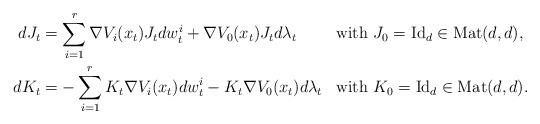
LaTeX: \begin{align*}dJ_t &= \sum_{i=1}^r \nabla V_i ( x_t) J_t dw_t^i + \nabla V_0 ( x_t) J_t d\lambda_t&&\mbox{with $J_0 ={\rm Id}_d \in {\rm Mat}(d,d)$,}\\dK_t &= - \sum_{i=1}^r K_t \nabla V_i ( x_t) dw_t^i - K_t \nabla V_0 ( x_t) d\lambda_t&&\mbox{with $K_0 ={\rm Id}_d \in {\rm Mat}(d,d)$.}\end{align*}